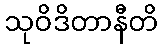
သုဝိဒိတာနီတိ